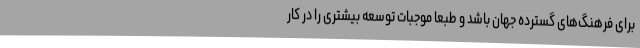
برای فرهنگ‌های گسترده جهان باشد و طبعا موجبات توسعه بیشتری را در کار